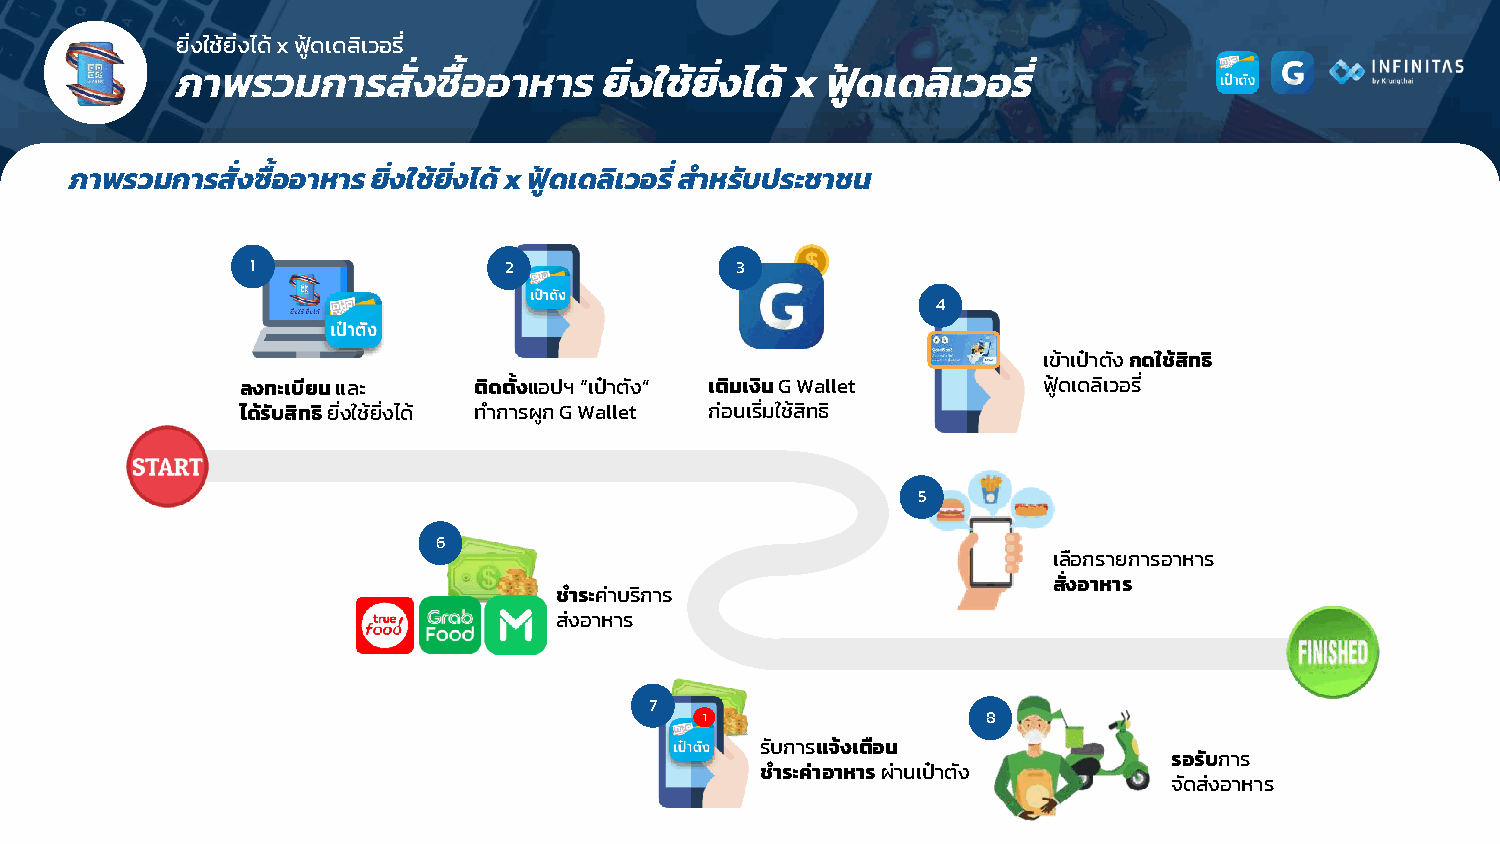
ยิ่งใช้ยิ่งได้ x ฟูด้ เดลิเวอรี่
 ภาพรวมการสัง่    ซือ้ อาหาร ย่ิงใช้ย่ิงได้ x ฟู้ดเดลิเวอรี่
 ภาพรวมการสั่งซื้ออาหาร ย่ิงใช้ย่ิงได้ x ฟู้ดเดลิเวอรี่ ส าหรับประชาชน
 1               2               3
 4
 เข้าเป๋าตัง กดใช้สิทธิ
 ลงทะเบียน และ  ติดตั้งแอปฯ “เป๋าตัง” เติมเงิน G Wallet ฟูด้ เดลิเวอรี่
 ได้รับสิทธิยิ่งใช้ยิ่งได้ ท าการผูก G Wallet ก่อนเริ่มใช้สิทธิ
 5
 6
 เลือกรายการอาหาร
 สั่งอาหาร
 ช าระค่าบริการ
 ส่งอาหาร
 7
 1                 8
 รับการแจ้งเตือน
 รอรับการ
 ช าระค่าอาหาร ผ่านเป๋าตัง
 จัดส่งอาหาร